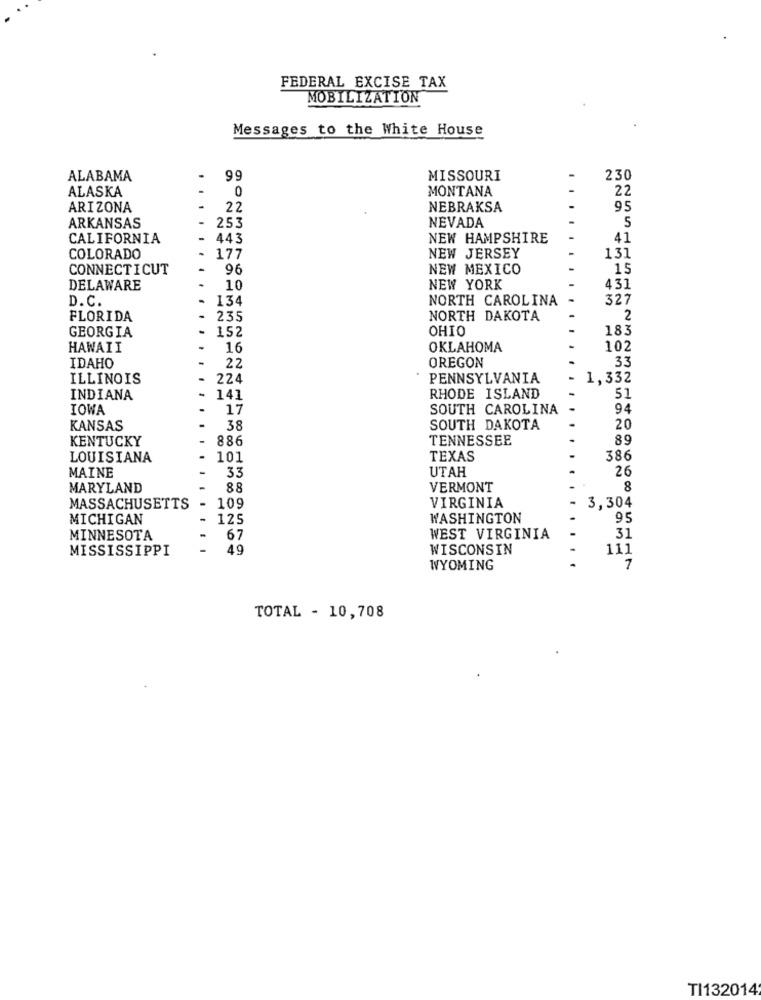
FEDERAL EXCISE TAX
MOBILIZATION
Messages to the White House
ALABAMA
99
MISSOURI
230
ALASKA
0
MONTANA
22
ARIZONA
.
22
NEBRAKSA
95
ARKANSAS
253
NEVADA
5
CALIFORNIA
- 443
NEW HAMPSHIRE
41
COLORADO
.
177
NEW JERSEY
131
CONNECTICUT
96
NEW MEXICO
15
DELAWARE
.
10
NEW YORK
431
D.C.
.
134
NORTH CAROLINA
327
FLORIDA
235
NORTH DAKOTA
2
GEORGIA
.
152
OHIO
183
HAWAII
16
OKLAHOMA
102
OREGON
33
IDAHO
22
ILLINOIS
224
PENNSYLVANIA
1,332
INDIANA
-
141
RHODE ISLAND
51
IOWA
17
SOUTH CAROLINA
94
KANSAS
38
SOUTH DAKOTA
20
KENTUCKY
886
TENNESSEE
89
LOUISIANA
101
TEXAS
386
MAINE
33
UTAH
26
MARYLAND
88
VERMONT
8
MASSACHUSETTS
- 109
VIRGINIA
3,304
MICHIGAN
125
WASHINGTON
95
MINNESOTA
67
WEST VIRGINIA
31
MISSISSIPPI
-
49
WISCONSIN
111
WYOMING
7
TOTAL - 10,708
TI132014